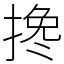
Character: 搀